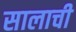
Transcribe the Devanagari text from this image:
सालाची